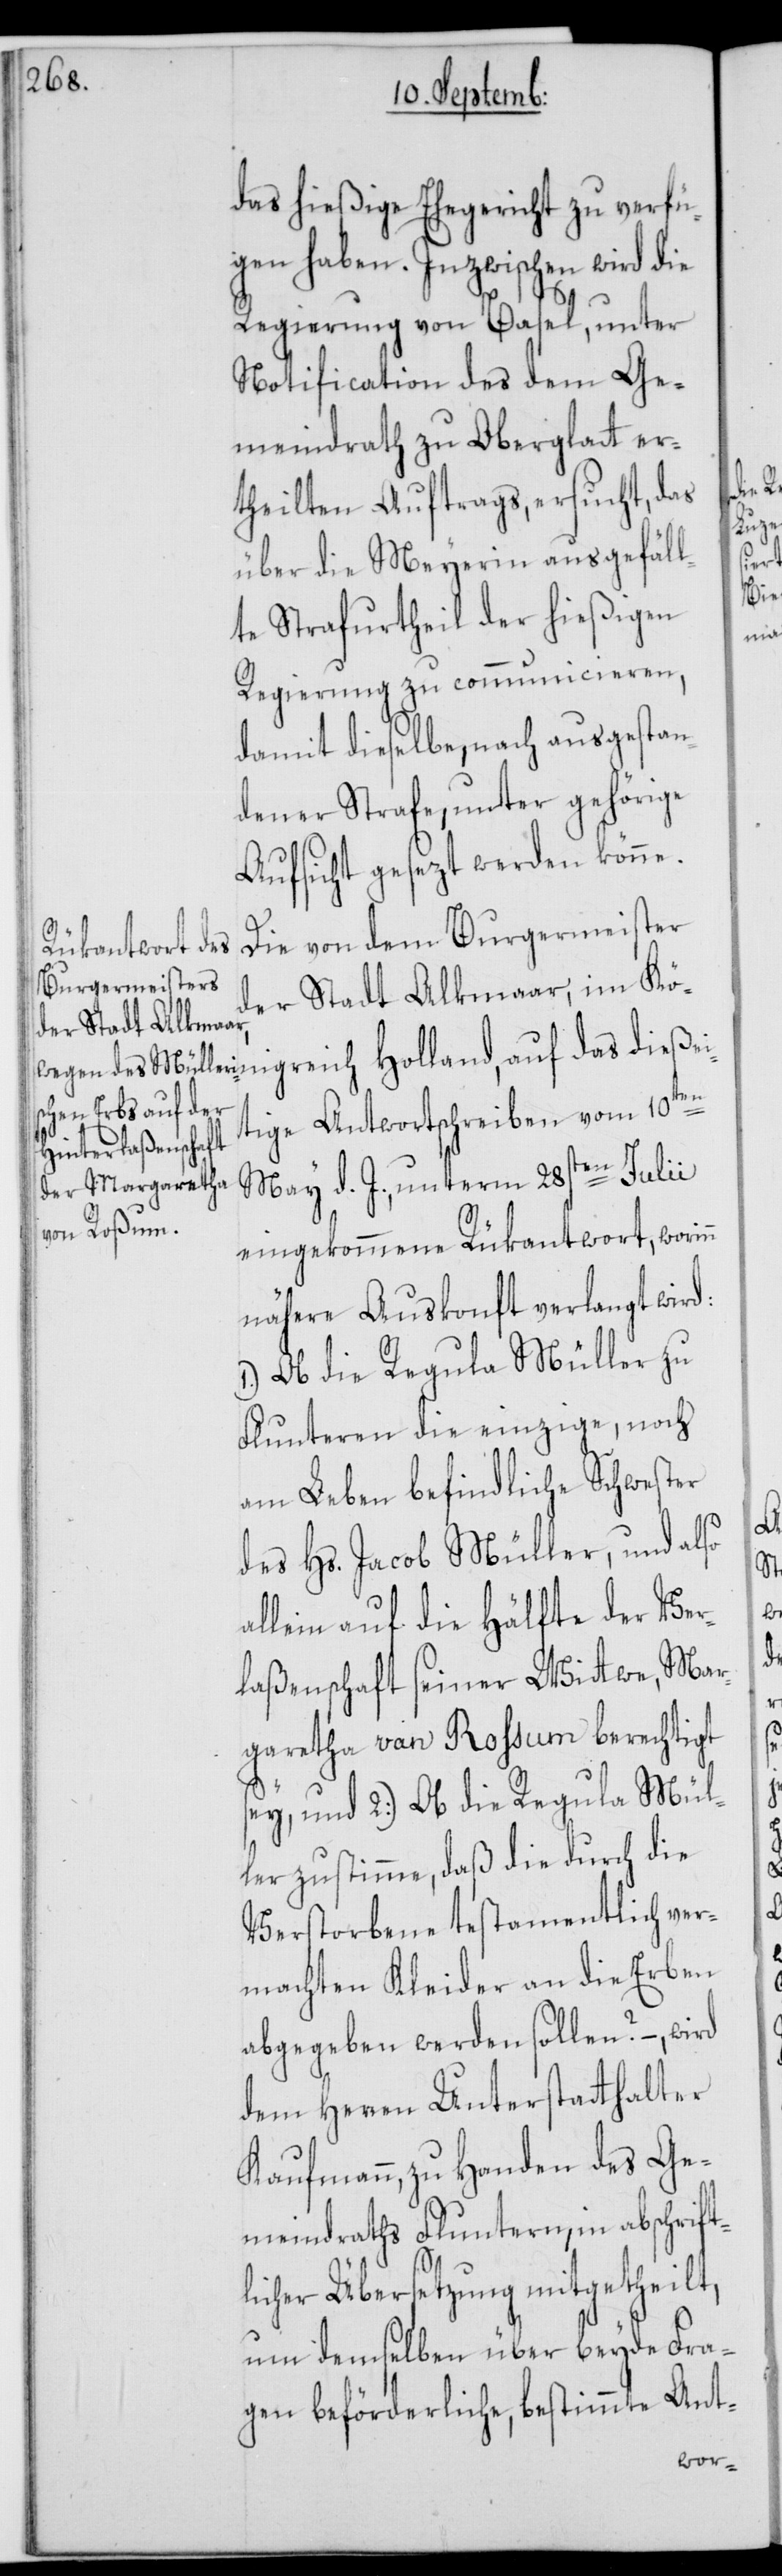
das hießige Ehegericht zu verfü¬
gen haben. Inzwischen wird die
Regierung von Basel, unter
Notification des dem Ge¬
meindrath zu Oberglatt er¬
theilten Auftrags, ersucht, das
über die Meyerin ausgefäll¬
te Strafurtheil der hießigen
Regierung zu communicieren,
damit dieselbe, nach ausgestan¬
dener Strafe, unter gehörige
Aufsicht gesezt werden könne.
Die von dem Burgermeister
der Stadt Alkmaar, im Kö¬
tige Antwortschreiben vom 10ten
eingekommene Rükantwort, worinn
nähere Auskonft verlangt wird:
1.) Ob die Regula Müller zu
Flunteren die einzige, noch
am Leben befindliche Schwester
des Hs. Jacob Müller, und also
allein auf die Hälfte der Ver¬
laßenschaft seiner Wittwe, Mar¬
garetha van [sic!] Roßum berechtigt
sey, und 2.) Ob die Regula Mül¬
ler zustimme, daß die durch die
Verstorbene testamentlich ver¬
machten Kleider an die Erben
abgegeben werden sollen? –, wird
dem Herren Unterstatthalter
Kaufmann, zu Handen des Ge¬
meindraths Fluntern, in abschrift¬
licher Übersetzung mitgetheilt,
um demselben über beyde Fra¬
gen beförderliche, bestimmte Ant-
nigreich

d.